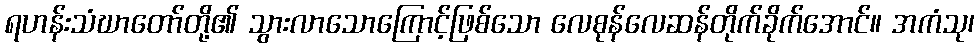
ရဟန်းသံဃာတော်တို့၏ သွားလာသောကြောင့်ဖြစ်သော လေစုန်လေဆန်တိုက်ခိုက်အောင်။ အကံသု၊